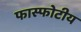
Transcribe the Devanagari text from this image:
फास्फोटीय